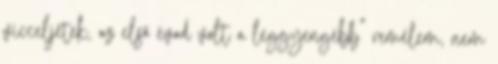
vicceljetek, az első évad volt a leggyengébb” remélem, nem